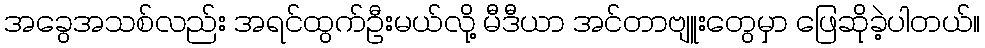
အခွေအသစ်လည်း အရင်ထွက်ဦးမယ်လို့ မီဒီယာ အင်တာဗျူးတွေမှာ ဖြေဆိုခဲ့ပါတယ်။